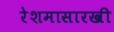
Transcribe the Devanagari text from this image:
रेशमासारखी